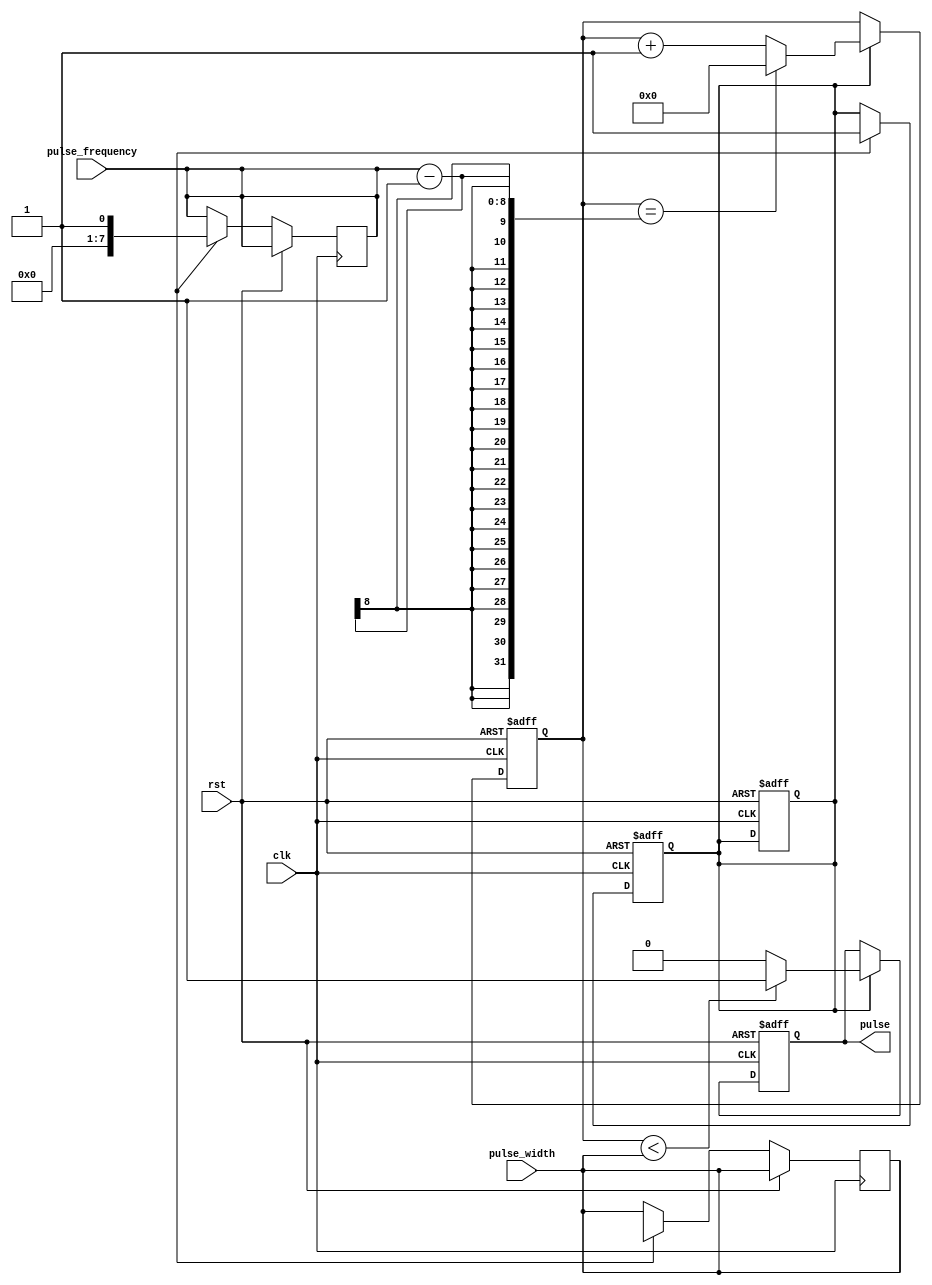
module pulse_generator (
    input wire clk,
    input wire rst,
    input wire [7:0] pulse_width,
    input wire [7:0] pulse_frequency,
    output reg pulse
);

reg [7:0] count;
reg pulse_enable;

always @(posedge clk or posedge rst) begin
    if (rst) begin
        pulse <= 0;
        count <= 0;
        pulse_enable <= 0;
    end else begin
        if (pulse_enable) begin
            if (count < pulse_width) begin
                pulse <= 1;
            end else begin
                pulse <= 0;
            end
            
            if (count == pulse_frequency - 1) begin
                count <= 0;
            end else begin
                count <= count + 1;
            end
        end
    end
end

always @(posedge clk or posedge rst) begin
    if (rst) begin
        pulse_enable <= 0;
    end else begin
        if (user_input) begin
            pulse_width <= new_pulse_width;
            pulse_frequency <= new_pulse_frequency;
            pulse_enable <= 1;
        end
    end
end

endmodule